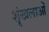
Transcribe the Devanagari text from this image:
शॄंखलाओं